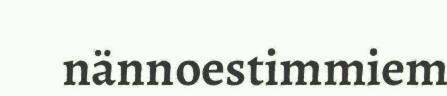
nännoestimmiem